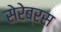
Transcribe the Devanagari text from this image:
सेरेब्रस